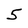
Character: 5